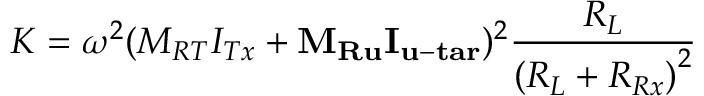
K = { \omega ^ { 2 } } { ( { M _ { R T } } { I _ { T x } } + { { \mathbf { M } } _ { { \mathbf { R u } } } } { { \mathbf { I } } _ { { \mathbf { u - t a r } } } } ) ^ { 2 } } \frac { { { R _ { L } } } } { { { { ( { R _ { L } } + { R _ { R x } } ) } ^ { 2 } } } }